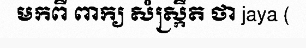
មកពី ពាក្យ សំស្ក្រឹត ថា jaya (